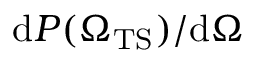
\mathrm { d } P ( { \Omega _ { \mathrm { T S } } ) } / \mathrm { d } \Omega